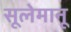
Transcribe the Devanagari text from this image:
सूलेमानू